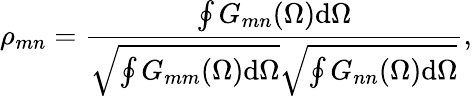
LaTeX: \rho_{mn}=\frac{\oint G_{mn}(\Omega)\mathrm{d}\Omega}{\sqrt{\oint G_{mm}(\Omega)\mathrm{d}\Omega}\sqrt{\oint G_{nn}(\Omega)\mathrm{d}\Omega}},